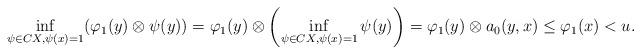
LaTeX: \begin{align*} \inf_{\psi\in CX,\psi(x)=1}(\varphi_1(y)\otimes\psi(y))=\varphi_1(y)\otimes\left(\inf_{\psi\in CX,\psi(x)=1}\psi(y)\right)=\varphi_1(y)\otimes a_0(y,x)\le\varphi_1(x)<u. \end{align*}